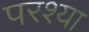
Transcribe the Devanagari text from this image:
परश्‍या